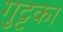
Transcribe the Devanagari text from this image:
गुट्टका